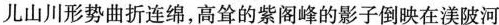
儿山川形势曲折连绵，高耸的紫阁峰的影子倒映在陂河